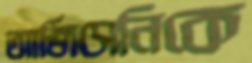
আর্জিসেনিকে